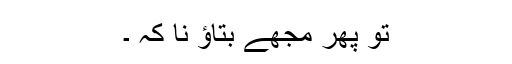
تو پھر مجھے بتاؤ نا کہ ۔